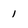
Character: 1